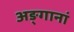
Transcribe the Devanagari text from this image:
अङ्गानां